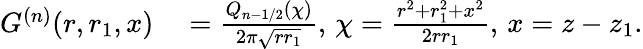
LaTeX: \begin{array}{rl}{G^{(n)}(r,r_{1},x)}&{{}=\frac{Q_{n-1/2}(\chi)}{2\pi\sqrt{rr_{1}}},\, \chi=\frac{r^{2}+r_{1}^{2}+x^{2}}{2rr_{1}},\, x=z-z_{1}.}\end{array}